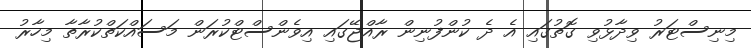
މިނިސްޓަރު ވިދާޅުވި ގޮތުގައި އެ ދެ ކުންފުނިން ރާއްޖޭގައި އިވެންސްޓްކުރަން މަސައްކަތްކުރާތާ މިހާރު